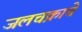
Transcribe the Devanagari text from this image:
जलचक्राचे